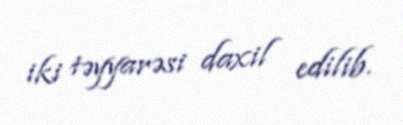
iki təyyarəsi daxil edilib.